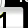
Digit: 1